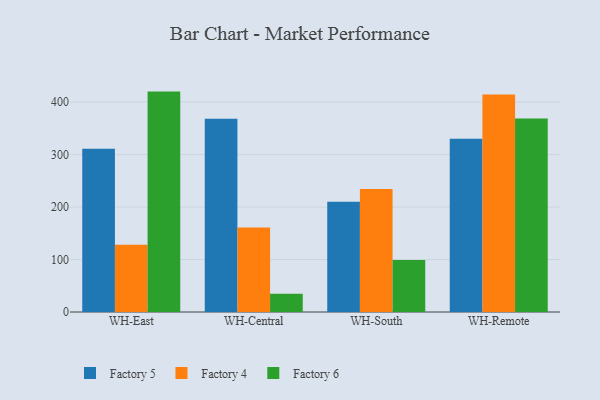
{"axis": {"x": "Warehouse", "y": "Demand Index"}, "legend": ["Factory 4", "Factory 5", "Factory 6"], "data": [{"x": "WH-East", "y": 311.1, "type": "Factory 5"}, {"x": "WH-East", "y": 128.1, "type": "Factory 4"}, {"x": "WH-East", "y": 420.0, "type": "Factory 6"}, {"x": "WH-Central", "y": 368.1, "type": "Factory 5"}, {"x": "WH-Central", "y": 160.8, "type": "Factory 4"}, {"x": "WH-Central", "y": 34.7, "type": "Factory 6"}, {"x": "WH-South", "y": 210.3, "type": "Factory 5"}, {"x": "WH-South", "y": 234.3, "type": "Factory 4"}, {"x": "WH-South", "y": 99.1, "type": "Factory 6"}, {"x": "WH-Remote", "y": 330.3, "type": "Factory 5"}, {"x": "WH-Remote", "y": 414.7, "type": "Factory 4"}, {"x": "WH-Remote", "y": 368.6, "type": "Factory 6"}]}